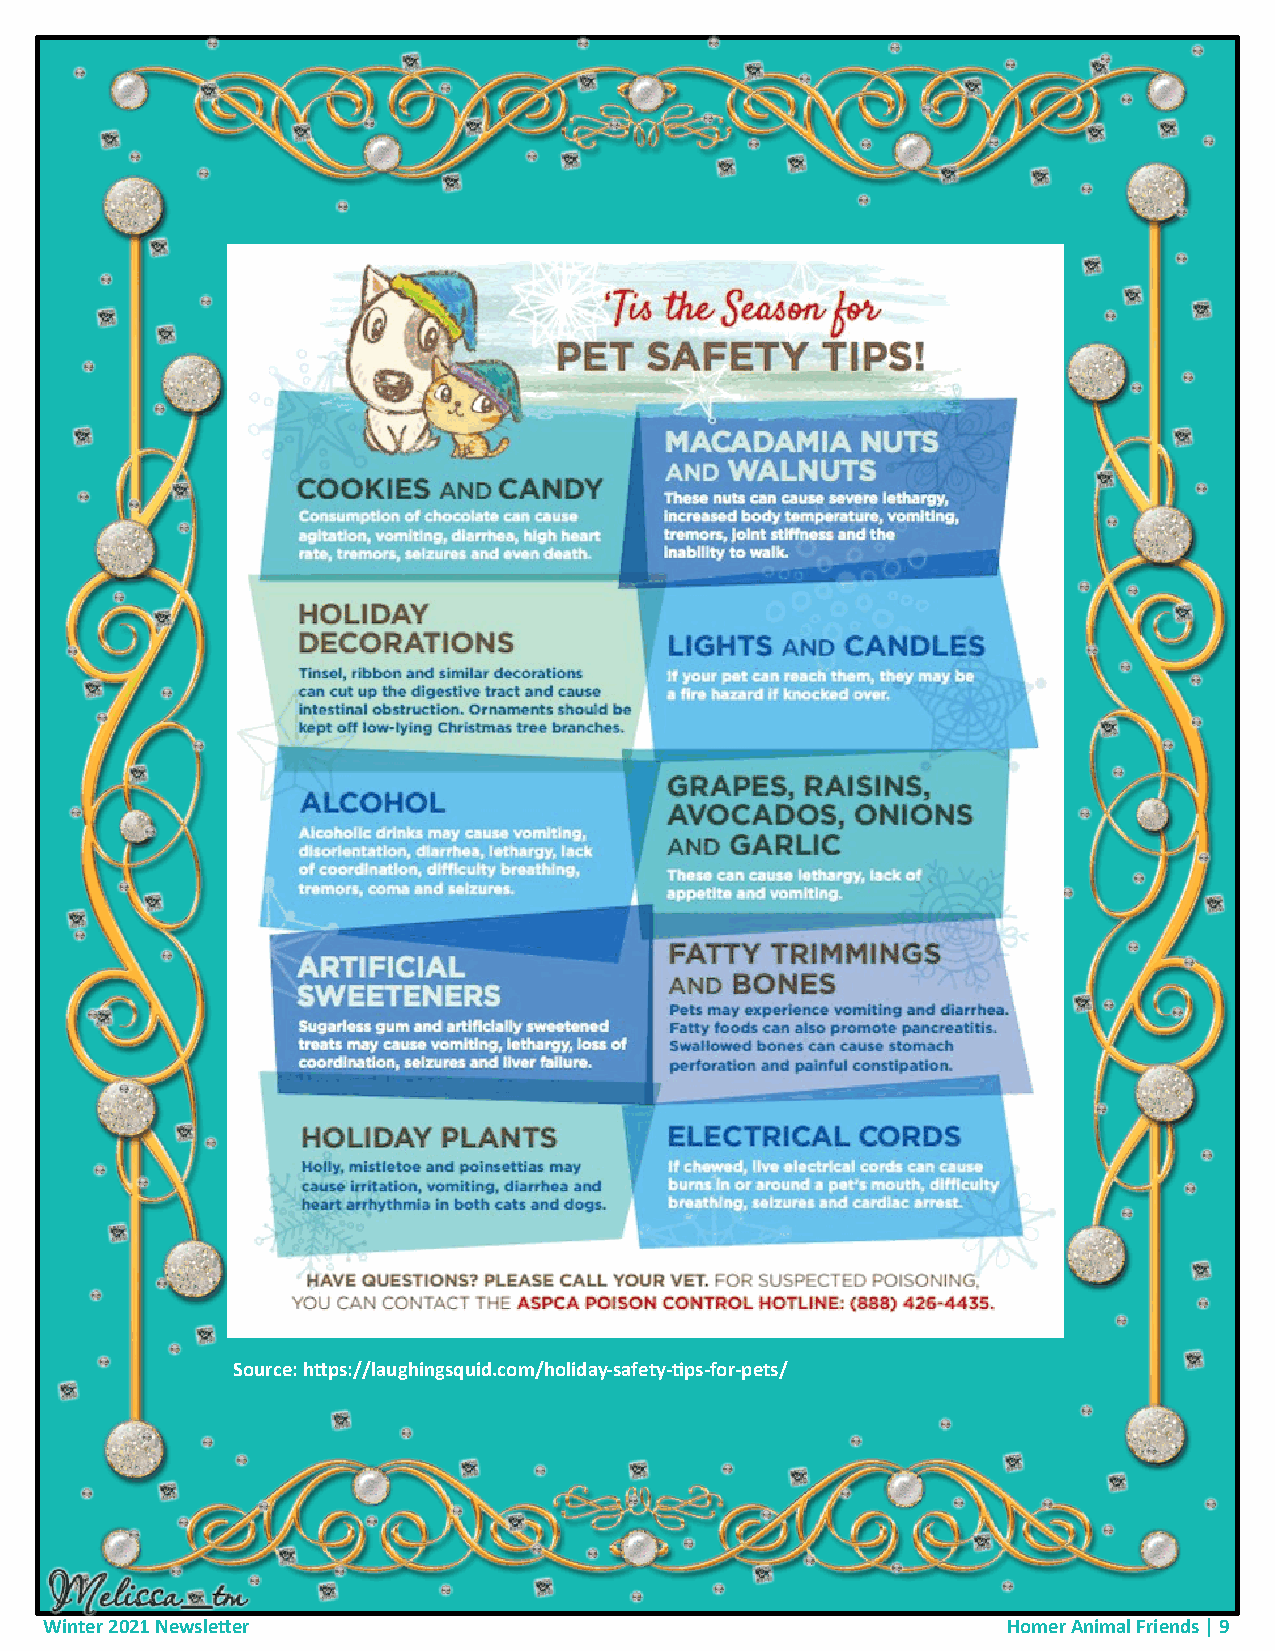
Source: https://laughingsquid.com/holiday-safety-tips-for-pets/
 Winter 2021 Newsletter                                          Homer Animal Friends | 9